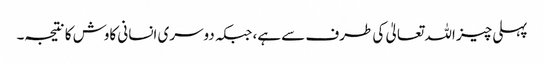
پہلی چیز اللہ تعالیٰ کی طرف سے ہے، جبکہ دوسری انسانی کاوش کا نتیجہ۔